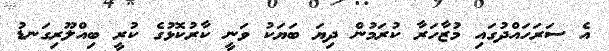
އެ ސަރަހައްދުގައި މުޒާހަރާ ކުރަމުން ދިޔަ ބަޔަކު ވަނީ ކާރުކޮޅުގެ ކުރީ ބިއްލޫރިގަނޑު